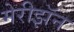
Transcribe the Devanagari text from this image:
मेरीझॅन